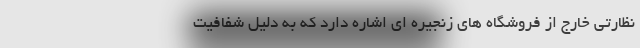
نظارتی خارج از فروشگاه های زنجیره ای اشاره دارد که به دلیل شفافیت